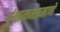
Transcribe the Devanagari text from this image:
पुंथानमप्रमाणे